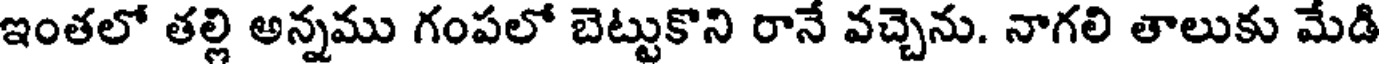
ఇంతలో తల్లి అన్నము గంపలో బెట్టుకొని రానే వచ్చెను. నాగలి తాలుకు మేడి